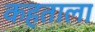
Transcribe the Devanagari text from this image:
कहताला